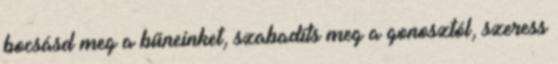
bocsásd meg a bűneinket, szabadíts meg a gonosztól, szeress